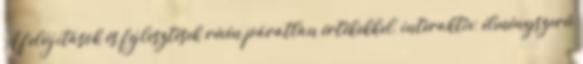
A felújítások és fejlesztések révén páratlan értékekkel, interaktív, élményszerű